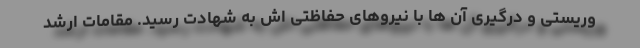
وریستی و درگیری آن ها با نیروهای حفاظتی اش به شهادت رسید. مقامات ارشد